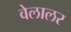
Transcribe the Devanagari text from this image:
वेलालर